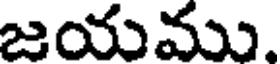
జయము.